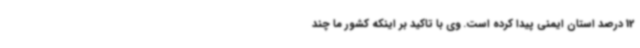
12 درصد استان ایمنی پیدا کرده است. وی با تاکید بر اینکه کشور ما چند